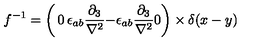
f ^ { - 1 } = \left( \begin{matrix} { 0 } & { \epsilon _ { a b } \frac { \partial _ { 3 } } { \nabla ^ { 2 } } } \\ { - \epsilon _ { a b } \frac { \partial _ { 3 } } { \nabla ^ { 2 } } } & { 0 } \\ \end{matrix} \right) \times \delta ( x - y )